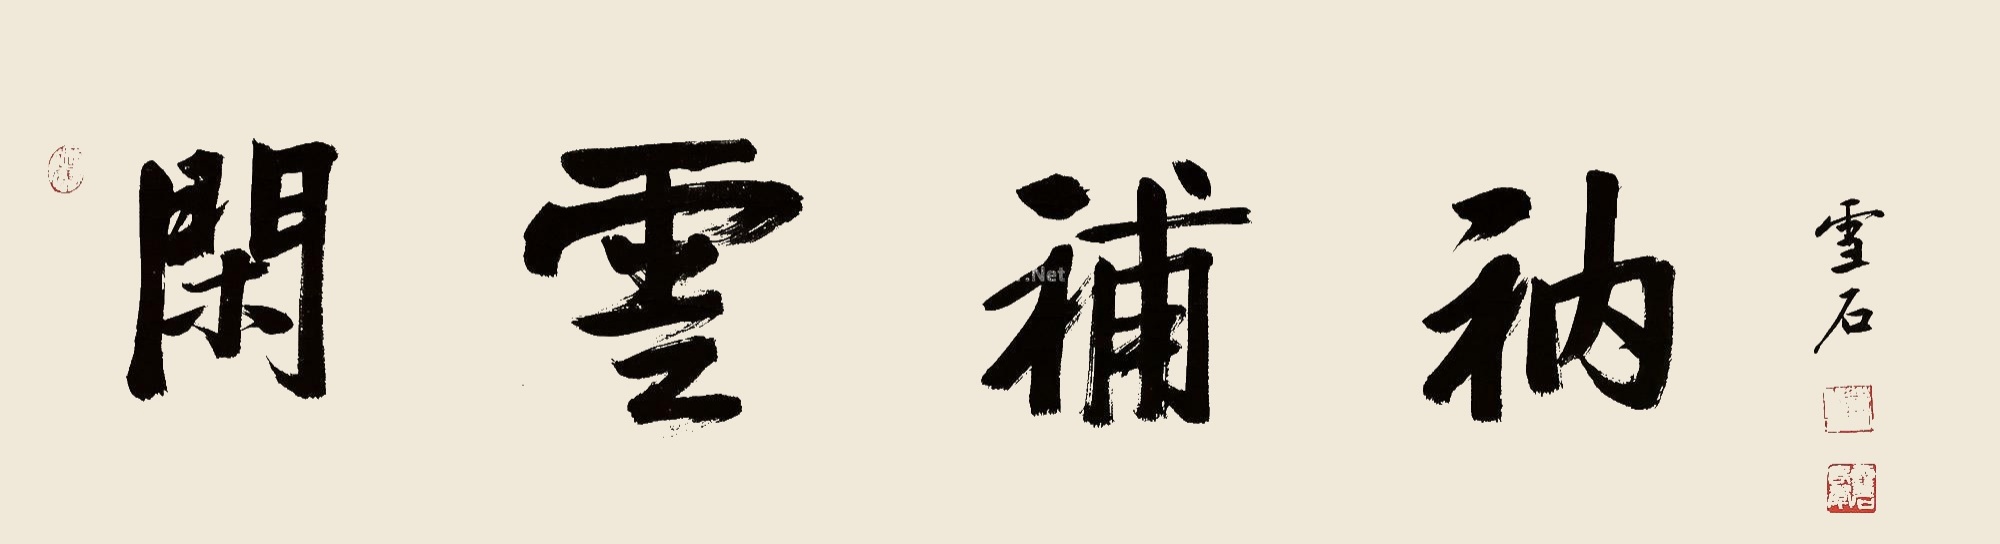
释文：闲云补衲雪石。